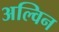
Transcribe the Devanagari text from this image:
अल्विन